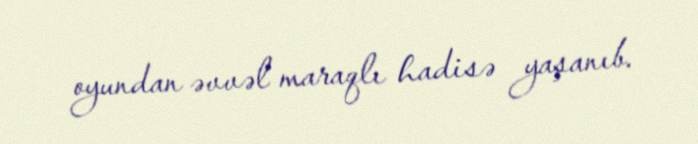
oyundan əvvəl maraqlı hadisə yaşanıb.